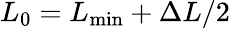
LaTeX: L_{0}=L_{\mathrm{min}}+\Delta L/2